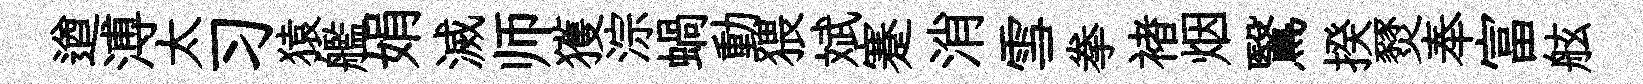
遒溥太习猿艦娟滅师獲淙蝸動猥斌蹇消雪拳褚烟鷖揆燹奉富舷